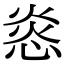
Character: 㥕